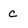
Character: c